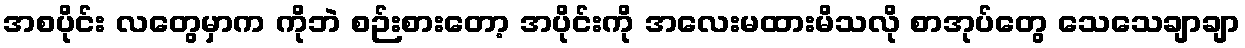
အစပိုင်း လတွေမှာက ကိုဘဲ စဉ်းစားတော့ အပိုင်းကို အလေးမထားမိသလို စာအုပ်တွေ သေသေချာချာ